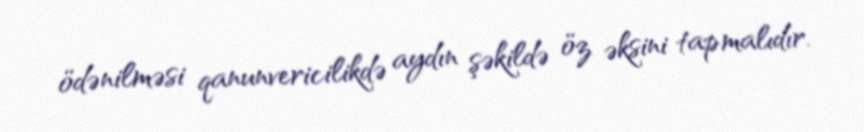
ödənilməsi qanunvericilikdə aydın şəkildə öz əksini tapmalıdır.